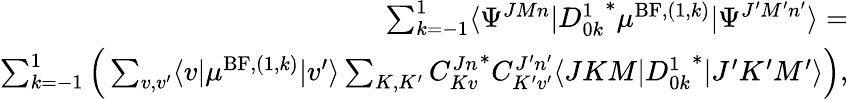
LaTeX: \begin{array}{r}{\sum_{k=-1}^{1}\langle\Psi^{JMn}\vert{D_{0k}^{1}}^{*}\mu^{\mathrm{BF},(1,k)}\vert\Psi^{J^{\prime}M^{\prime}n^{\prime}}\rangle=}\\ {\sum_{k=-1}^{1}\Big(\sum_{v,v^{\prime}}\langle v\vert\mu^{\mathrm{BF},(1,k)}\vert v^{\prime}\rangle\sum_{K,K^{\prime}}{C_{Kv}^{Jn}}^{*}C_{K^{\prime}v^{\prime}}^{J^{\prime}n^{\prime}}\langle JKM\vert{D_{0k}^{1}}^{*}\vert J^{\prime}K^{\prime}M^{\prime}\rangle\Big),}\end{array}